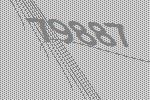
79887